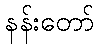
နန်းတော်